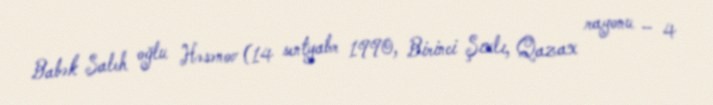
Babək Saleh oğlu Həsənov (14 sentyabr 1990, Birinci Şıxlı, Qazax rayonu – 4